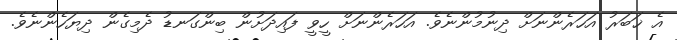
އެ ޚަބަރު އަހަރެންނަށް ދިނުމުންނެވެ. އަހަރެންނަށް ހީވީ ފައިދަށުން ބިންގަނޑު ދެމިގެން ދިޔަހެންނެވެ.